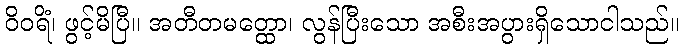
ဝိဝရိံ၊ ဖွင့်မိပြီ။ အတီတမတ္ထော၊ လွန်ပြီးသော အစီးအပွားရှိသောငါသည်။